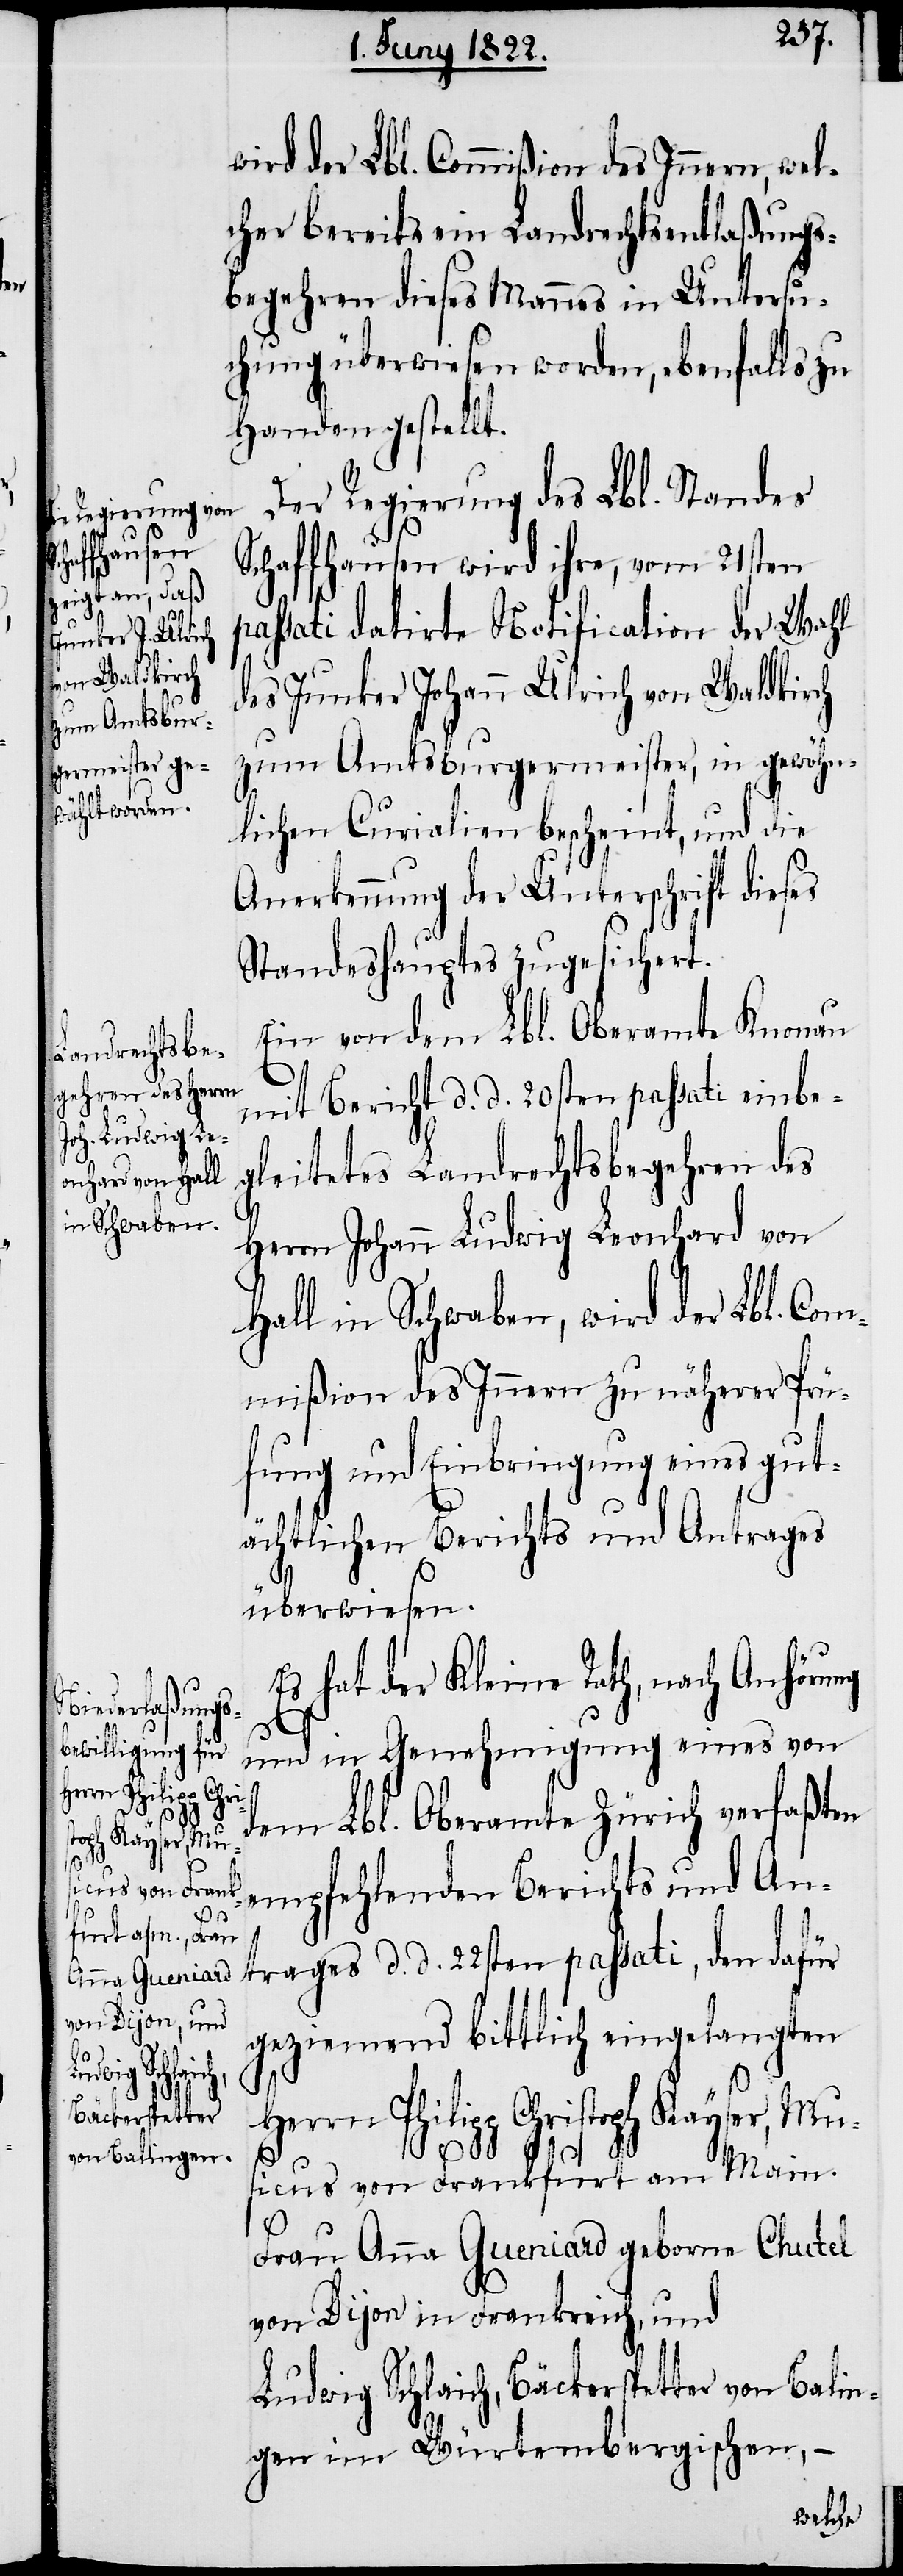
wird der Lbl. Commißion des Innern, wel¬
cher bereits ein Landrechtsentlaßungs¬
begehren dieses Mannes in Untersu¬
chung überwiesen worden, ebenfalls zu
Handen gestellt.
Ein von dem Lbl. Oberamte Knonau
mit Bericht d. d. 20sten passati einbe¬
gleitetes Landrechtsbegehren des
Herrn Johann Ludwig Leonhard von
Hall in Schwaben, wird der Lbl. Com¬
mißion des Innern zu näherer Prü¬
fung und Einbringung eines gut¬
ächtlichen Berichts und Antrages
überwiesen.
Es hat der Kleine Rath, nach Anhörung
und in Genehmigung eines von
dem Lbl. Oberamte Zürich verfaßten
empfehlenden Berichts und An¬
trages d. d. 22sten passati, den dafür
geziemend bittlich eingelangten
Herrn Philipp Christoph Kayser, Mu¬
sicus von Frankfurt am Main.
Frau Anna Gueniard geborne Chutel
von Dijon in Frankreich, und
Ludwig Schlaich, Bäckerspetter von Balin¬
gen im Würtembergischen, –